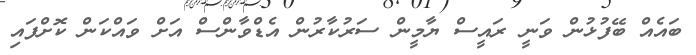
ބައެއް ބޭފުޅުން ވަނީ ރައީސް ޔާމީން ސަރުކާރުން އެޑްވާންސް އަށް ވައްކަން ކޮށްފައި